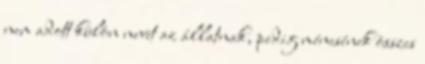
nem adott külön nevet az állatnak, pedig ménesének összes